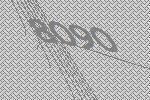
8090